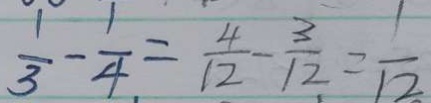
\frac { 1 } { 3 } - \frac { 1 } { 4 } = \frac { 4 } { 1 2 } - \frac { 3 } { 1 2 } = \frac { 1 } { 1 2 }